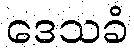
ဒေသခံ